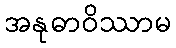
အနုဓာဝိဿာမ